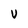
Character: V